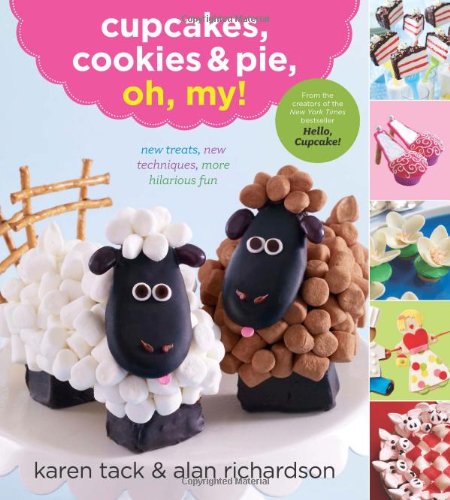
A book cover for Cupcakes, Cookies & Pie, Oh, My!; Karen Tack; Cookbooks, Food & Wine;